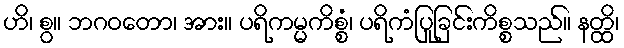
ဟိ၊ စွ။ ဘဂဝတော၊ အား။ ပရိကမ္မကိစ္စံ၊ ပရိကံပြုခြင်းကိစ္စသည်။ နတ္ထိ၊